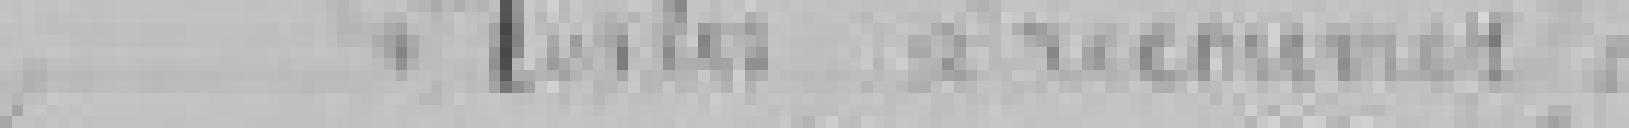
Restes à recouvrir